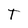
Character: T